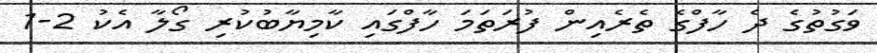
ވަގުތުގެ ދެ ހާފްގެ ތެރެއިން ފުރަތަމަ ހާފްގައި ކާމިޔާބުކުރި ގޯލާ އެކު 2-1